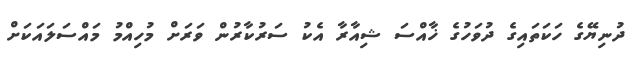
ދުނިޔޭގެ ހަކަތައިގެ ދުވަހުގެ ޚާއްސަ ޝިއާރާ އެކު ސަރުކާރުން ވަރަށް މުހިއްމު މައްސަލައަކަށް